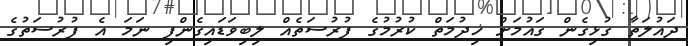
ދައުލަތާ ގުޅިގެން ގައުމަށް ޚިދުމަތް ކުރުމުގެ ފުރުސަތެއް ލިބިވަޑައިގެންފި ނަމަ އެ ފުރުސަތުގެ